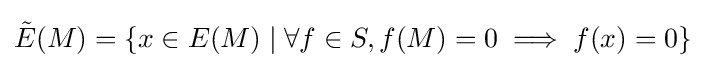
{\tilde {E}}(M)=\{x\in E(M)\mid \forall f\in S,f(M)=0\implies f(x)=0\}